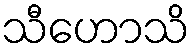
သီဟောသိ